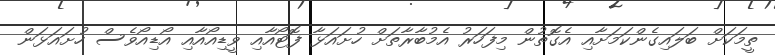
ތީމަކަށް ބަލައިގެންކަމަށާއި އެގޮތުން މިފަހަރު އެމުބާރާތަށް ހުށައަޅާ ފޮޓޯއާއި ވީޑިއޯއާއި އޯޑިއޯވެސް ހުށައަޅަން